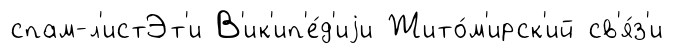
спам-л'истЭт'и В'ик'ип'е́д'иjи Жито́м'ирск'ий св'я́з'и